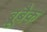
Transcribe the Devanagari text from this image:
ब्रूबैक